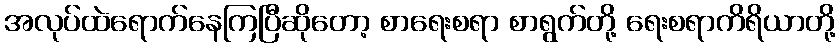
အလုပ်ထဲရောက်နေကြပြီဆိုတော့ စာရေးစရာ စာရွက်တို့ ရေးစရာကိရိယာတို့